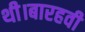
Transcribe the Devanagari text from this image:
थी।बारहवी